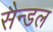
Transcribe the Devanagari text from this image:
सैन्डल